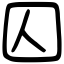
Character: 囚